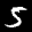
Label: 5